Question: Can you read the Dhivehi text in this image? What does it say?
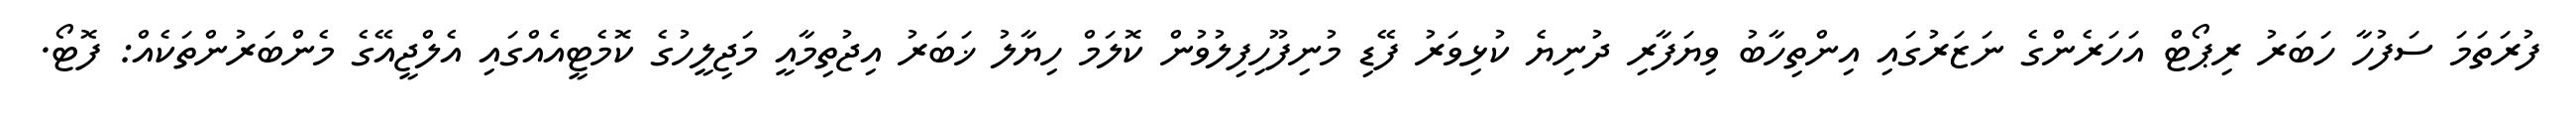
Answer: ފުރަތަމަ ސަފުހާ ހަބަރު ރިޕޯޓް އަހަރެންގެ ނަޒަރުގައި އިންތިހާބު ވިޔަފާރި ދުނިޔެ ކުޅިވަރު ފޭޑި މުނިފޫހިފިލުވުން ކޮލަމް ހިޔާލު ޚަބަރު އިޖުތިމާއީ މަޖިލީހުގެ ކޮމެޓީއެއްގައި އެލްޖީއޭގެ މެންބަރުންތަކެއް: ފޮޓޯ.